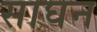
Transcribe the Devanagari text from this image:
साघन